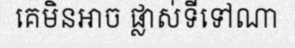
គេមិនអាច ផ្លាស់ទីទៅណា